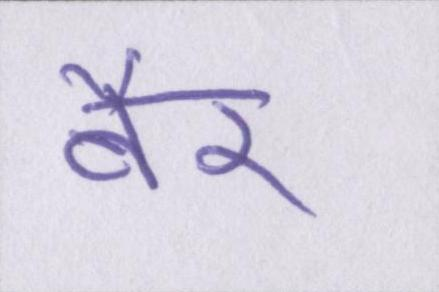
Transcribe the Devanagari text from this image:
बैर